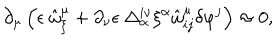
LaTeX: \partial _ { \mu } \left( \epsilon \ \hat { \omega } _ { \xi } ^ { \mu } + \partial _ { \nu } \epsilon \ \Delta _ { \alpha } ^ { i \nu } \xi ^ { \alpha } \hat { \omega } _ { i j } ^ { \mu } \delta \varphi ^ { j } \right) \approx 0 ,